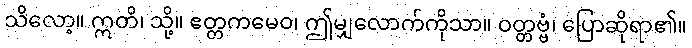
သိလော့။ ဣတိ၊ သို့။ ဧတ္တကမေဝ၊ ဤမျှလောက်ကိုသာ။ ဝတ္တဗ္ဗံ၊ ပြောဆိုရာ၏။